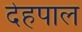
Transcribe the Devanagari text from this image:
देहपाल